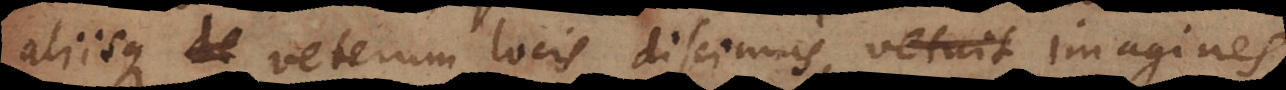
aliisque veterum locis discimus, vetuit imagines